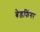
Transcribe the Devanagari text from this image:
बेडफिंगर